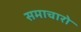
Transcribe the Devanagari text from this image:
समाचारो